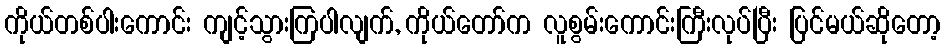
ကိုယ်တစ်ပါးကောင်း ကျင့်သွားကြပါလျက်, ကိုယ်တော်က လူစွမ်းကောင်းကြီးလုပ်ပြီး ပြင်မယ်ဆိုတော့